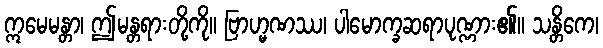
ဣမေမန္တာ၊ ဤမန္တရားတို့ကို။ ဗြာဟ္မဏဿ၊ ပါမောက္ခဆရာပုဏ္ဏား၏။ သန္တိကေ၊